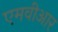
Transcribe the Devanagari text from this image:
एमवीआर